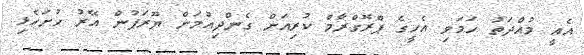
އެއީ މުއްދަތު ހަމަވި އެހީގެ ޕްރޮގްރާމް ކުރިއަށް ގެންދިއުމަށް ޔޫރަޕުން އޭރު ހުށަހެޅި